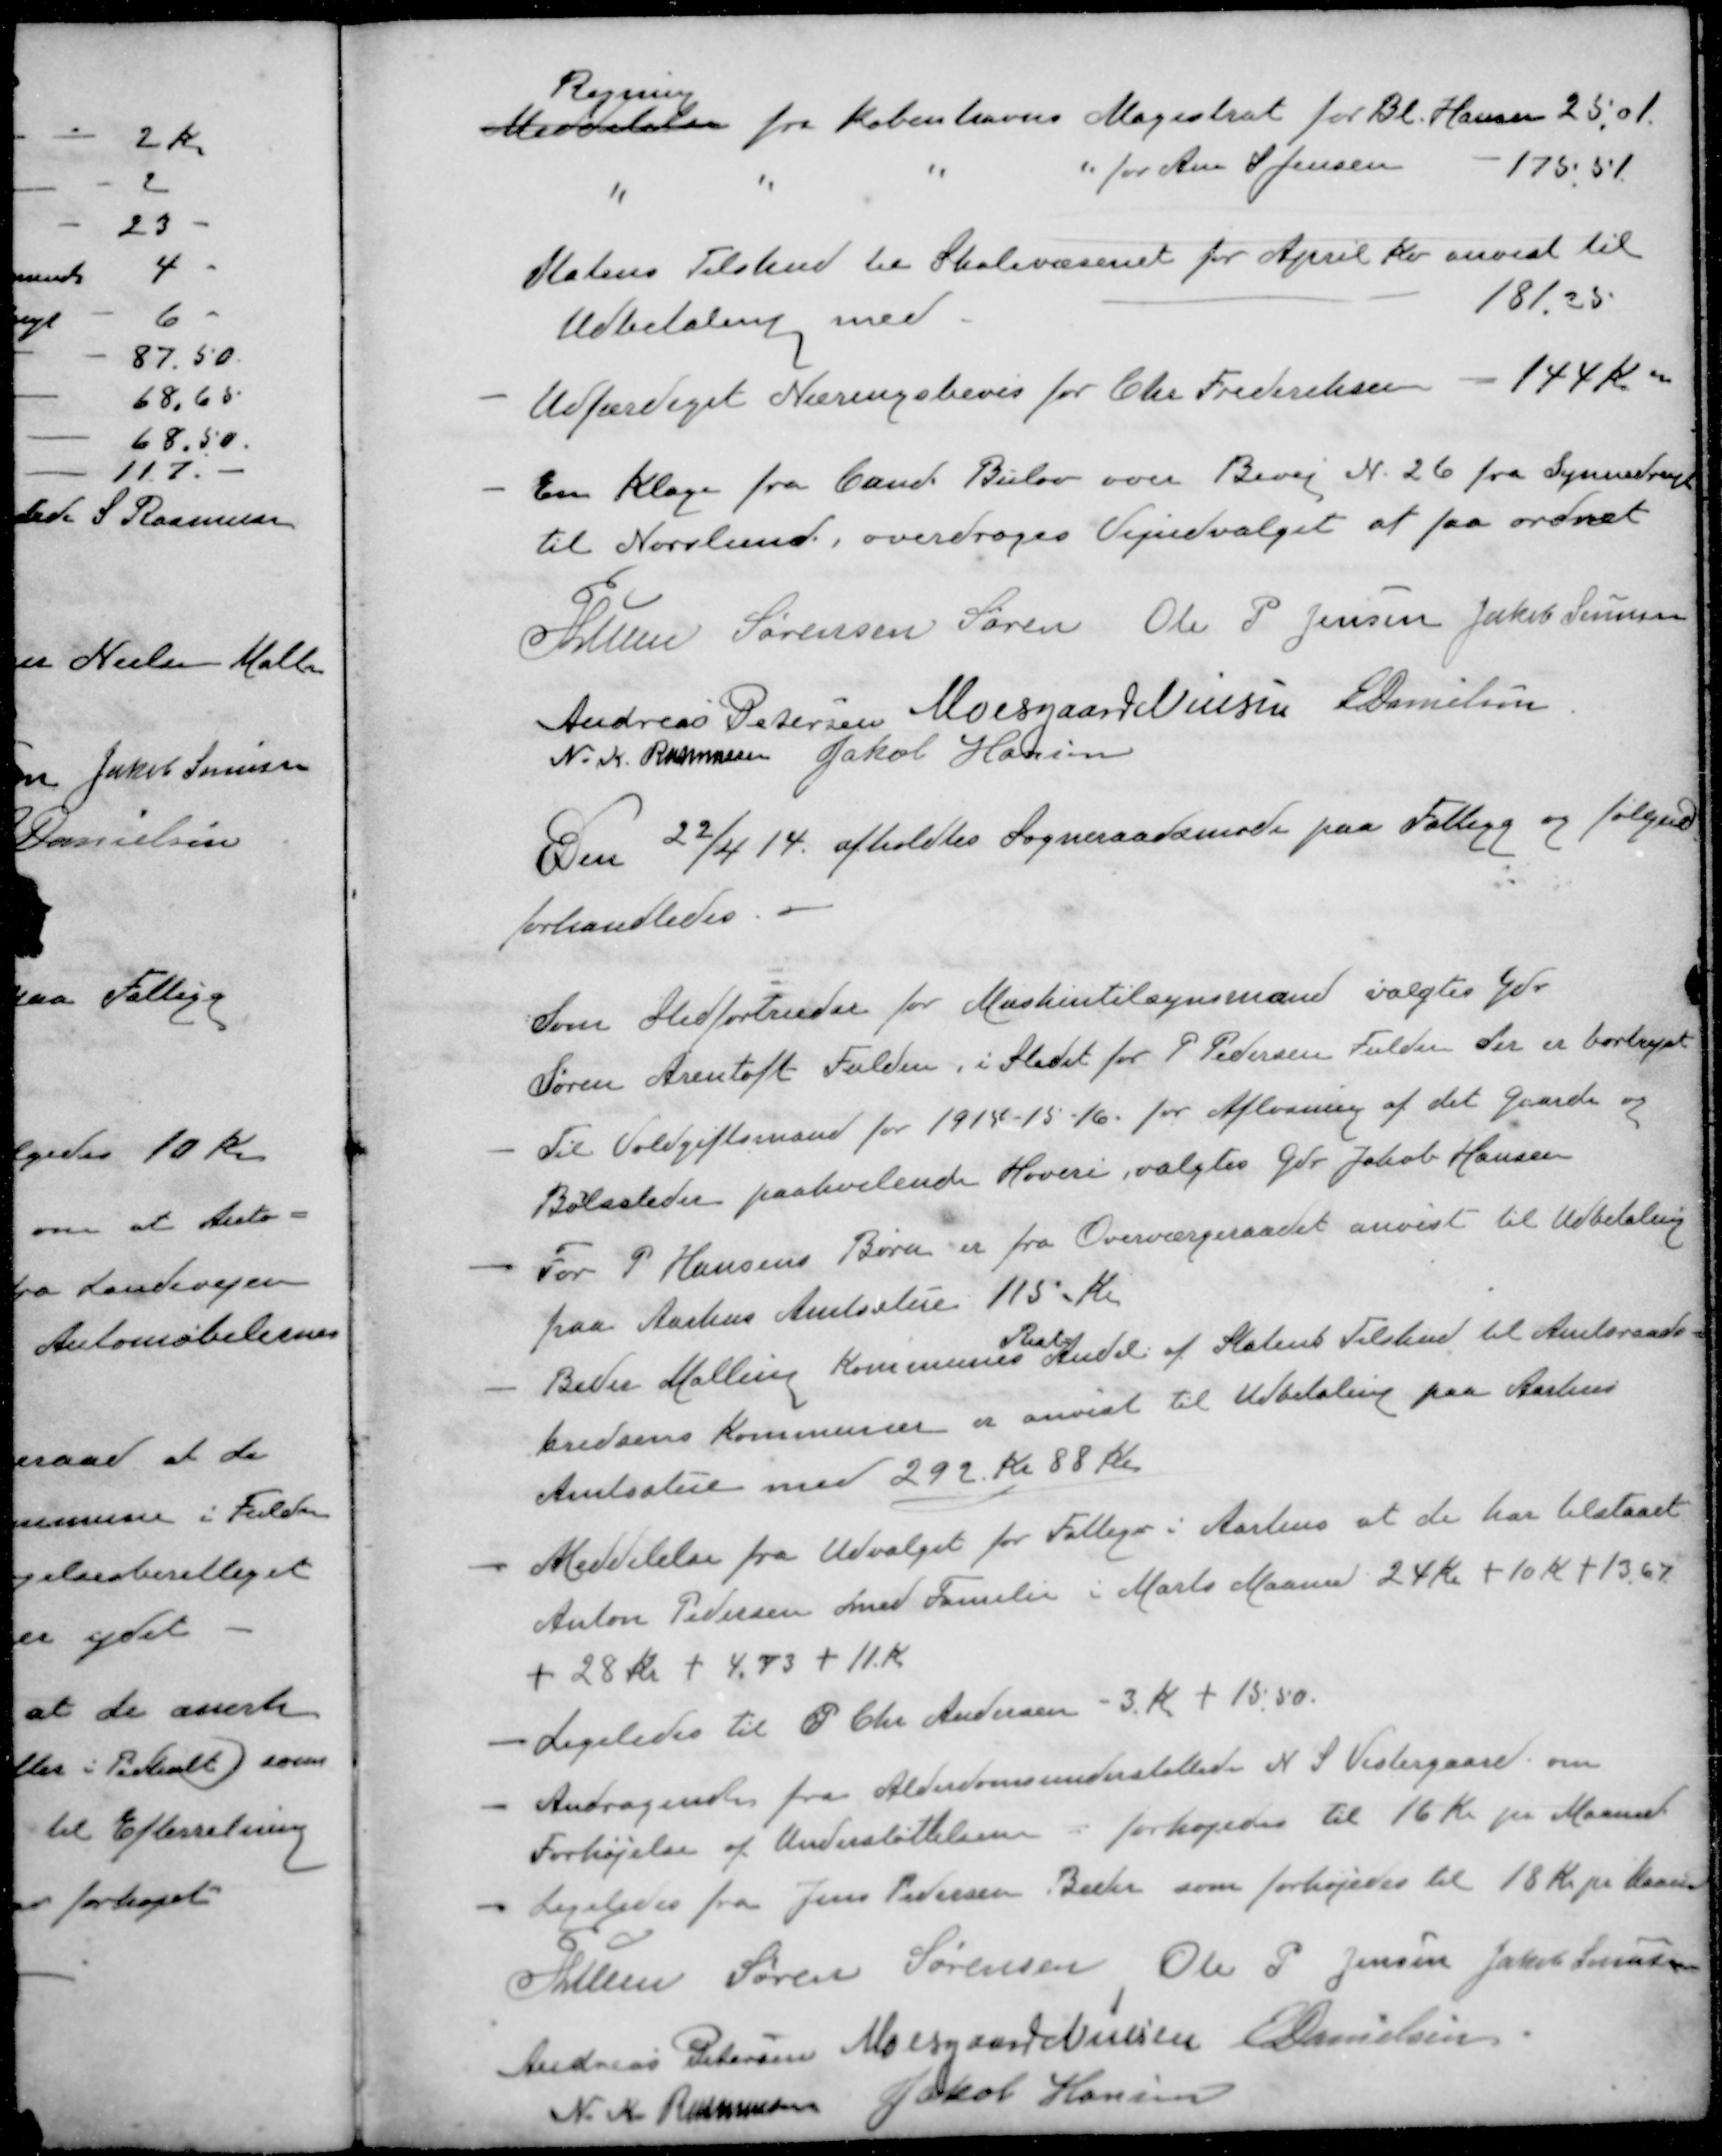
Transskription:
Regning
Meddelelse fra Københavns Magistrat for Bl. Hansen 25,01
" " " " for Ane S. Jensen - 175,51
Statens Tilskud til Skolevæsenet for April Kv anvist til
Udbetaling med 181,25
- Udfærdiget Næringsbevis for Chr Frederiksen - 144 Kr 
- En klage fra Cand. Bulov over Bivej Nr. 26 fra Synnedrup
til Norslund, overdroges Vejudvalget at faa ordnet
P Lunn
Sørensen Søren
Ole P Jensen
Jakob Sørensen
Andreas Petersen
Moesgaard Nielsen
E Danielsen
N. K. Rasmussen
Jakob Hansen
Den 22/4 14 afholdtes Sogneraadsmøde paa Fattigg og følgend
forhandledes.
Som Stedfortræder for Maskintilsynsmand valgtes Gdr
Søren Arentoft Fulden, i Stedet for P Pedersen Fulden der er bortrejst
- Til Voldgiftsmand for 1914-15-16. for Afløsning af det Gaarde og
Bolsteder paahvilende Hoveri, valgtes Gdr. Jakob Hansen
- For P Hansens Børn er fra Overværgeraadet anvist til Udbetaling
paa Aarhus Amtsstue 115 Kr
- Beder Malling Kommunes Andel af Statens Tilskud til Amtsraads-
kredsens Kommuner er anvist til Udbetaling paa Aarhus
Amtsstue med 292 Kr 88 Øre
- Meddelelse fra Udvalget for Fattigv i Aarhus at de har tilstaaet
Anton Pedersen med Familie i Marts Maaned 24 Kr + 10 Kr + 13,67
+ 28 Kr + 4,73 + 11 Kr.
- Ligeledes til P Chr Andersen - 3 Kr + 15,50.
- Andragende fra Alderdomsunderstøttede N. S. Vestergaard om
Forhøjelse af Understøttelsen - forhøjedes til 16 Kr pr Maaned
Ligeledes fra Jens Pedersen Beder som forhøjedes til 18 Kr pr Maaned
P Lunn
Søren Sørensen
Ole P Jensen
Jakob Sørensen
Andreas Petersen
Moesgaard Nielsen
E Danielsen
N. K. Rasmussen
Jakob Hansen